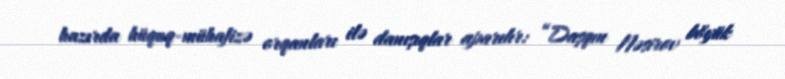
hazırda hüquq-mühafizə orqanları ilə danışıqlar aparılır: “Daşqın Nəsirov böyük